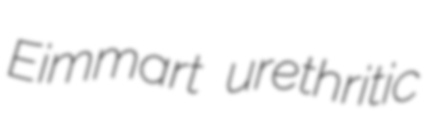
Eimmart urethritic